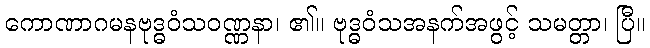
ကောဏာဂမနဗုဒ္ဓဝံသဝဏ္ဏနာ၊ ၏။ ဗုဒ္ဓဝံသအနက်အဖွင့် သမတ္တာ၊ ပြီ။